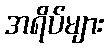
အရိပ်များ